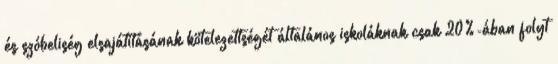
és szóbeliség elsajátításának kötelezettségét általános iskoláknak csak 20%-ában folyt